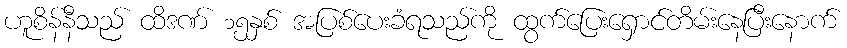
ဟူစိန်နီသည် ထိဒဏ် ၁၅နှစ် အပြစ်ပေးခံရသည်ကို ထွက်ပြေးရှောင်တိမ်းနေပြီးနောက်